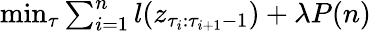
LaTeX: \begin{array}{r}{\operatorname*{min}_{\tau}\sum_{i=1}^{n}l(z_{\tau_{i}:\tau_{i+1}-1})+\lambda P(n)}\end{array}